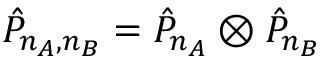
\hat { P } _ { n _ { A } , n _ { B } } = \hat { P } _ { n _ { A } } \otimes \hat { P } _ { n _ { B } }